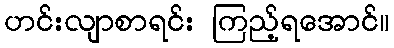
ဟင်းလျာစာရင်း ကြည့်ရအောင်။